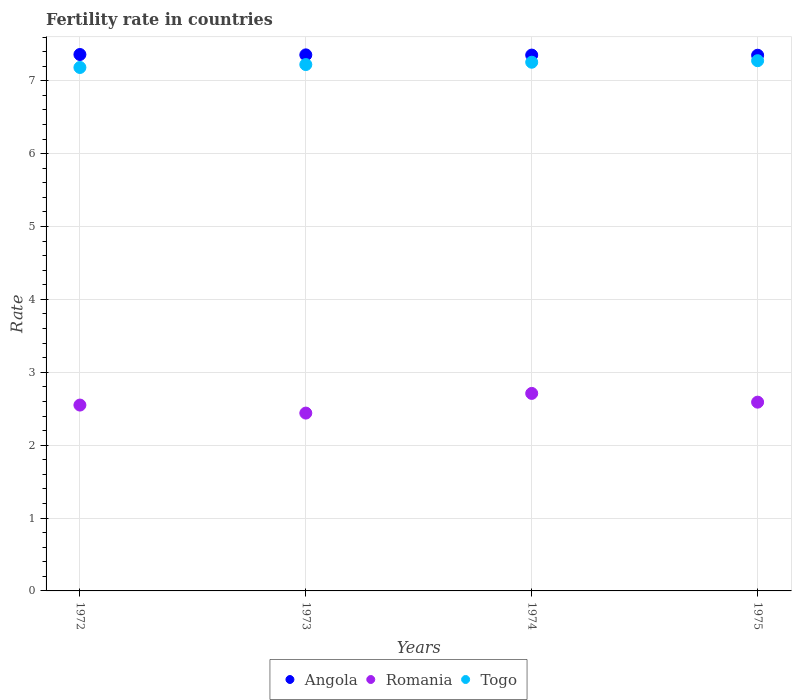
| Years | Angola | Romania | Togo |
 | --- | --- | --- | --- |
 | 1972 | 7.36 | 2.55 | 7.18 |
 | 1973 | 7.36 | 2.44 | 7.22 |
 | 1974 | 7.35 | 2.71 | 7.25 |
 | 1975 | 7.35 | 2.59 | 7.28 |